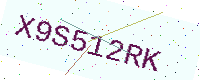
Text: X9S512RK